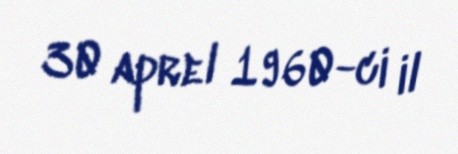
30 aprel 1960-ci il